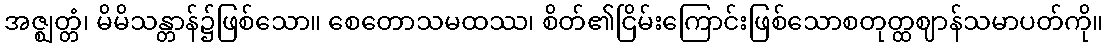
အဇ္ဈတ္တံ၊ မိမိသန္တာန်၌ဖြစ်သော။ စေတောသမထဿ၊ စိတ်၏ငြိမ်းကြောင်းဖြစ်သောစတုတ္ထဈာန်သမာပတ်ကို။